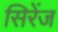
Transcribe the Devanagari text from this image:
सिरेंज